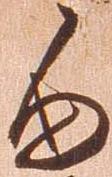
由